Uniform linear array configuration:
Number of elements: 24
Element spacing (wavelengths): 0.5
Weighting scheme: hamming
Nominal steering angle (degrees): -15
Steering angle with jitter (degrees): -16.455
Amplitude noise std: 0.05
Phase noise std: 0.05

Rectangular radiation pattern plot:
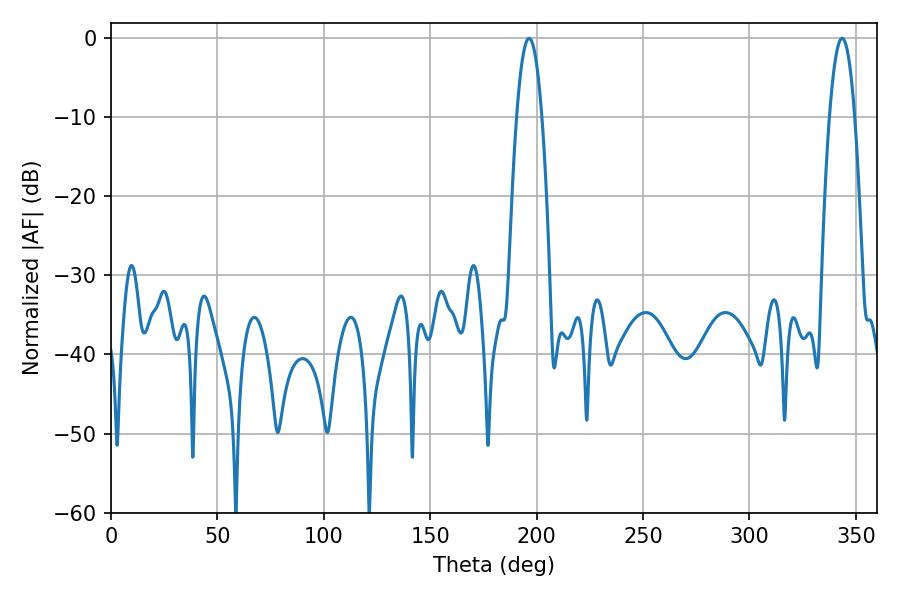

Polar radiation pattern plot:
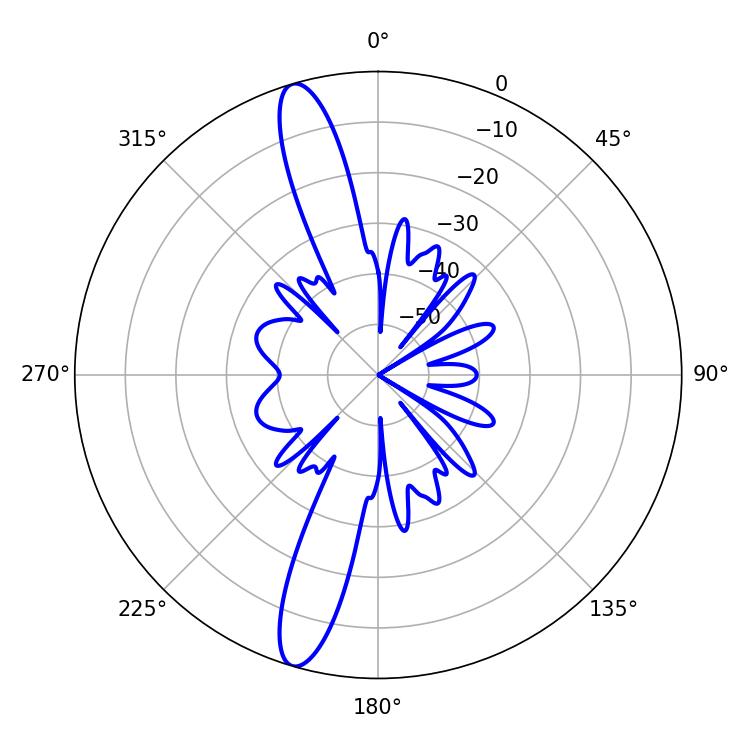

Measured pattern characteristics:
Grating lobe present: FALSE
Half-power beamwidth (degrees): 6.66
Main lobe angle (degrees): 196.38